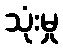
သုံးမှု